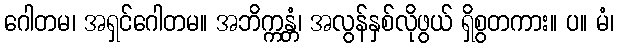
ဂေါတမ၊ အရှင်ဂေါတမ။ အဘိက္ကန္တံ၊ အလွန်နှစ်လိုဖွယ် ရှိစွတကား။ ပ။ မံ၊